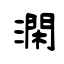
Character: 澖